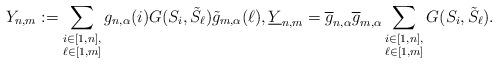
LaTeX: \begin{align*}Y_{n,m} := \sum_{\substack{i \in [1,n],\\ \ell \in [1,m]}} g_{n,\alpha}(i) G(S_i,\tilde{S}_\ell )\tilde{g}_{m,\alpha}(\ell) ,\underline{Y}_{n,m} = \overline{g}_{n,\alpha} \overline{g}_{m,\alpha}\sum_{\substack{i \in [1,n],\\ \ell \in [1,m]}} G(S_i,\tilde{S}_\ell ) . \end{align*}